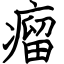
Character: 瘤